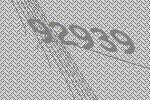
92939